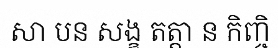
សា បន សង្ខ តត្តា ន កិញ្ចិ